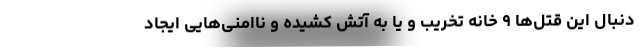
دنبال این قتل‌ها ۹ خانه تخریب و یا به آتش کشیده و ناامنی‌هایی ایجاد